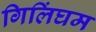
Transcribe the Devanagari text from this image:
गिलिंघम